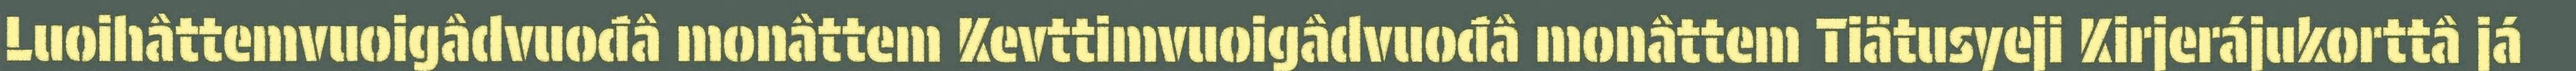
Luoihâttemvuoigâdvuođâ monâttem Kevttimvuoigâdvuođâ monâttem Tiätusyeji Kirjerájukorttâ já